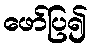
ဖော်ပြ၍